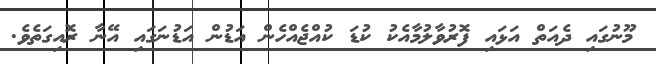
މޫނުގައި ދެއަތް އަޅައި ފޮރުވާލުމާއެކު ކުޑަ ކުއްޖެއްހެން އަޑުން އަޑުނަގައި އޭނާ ރޮއިގަތެވެ.